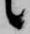
候